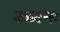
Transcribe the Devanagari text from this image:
बच्चनः